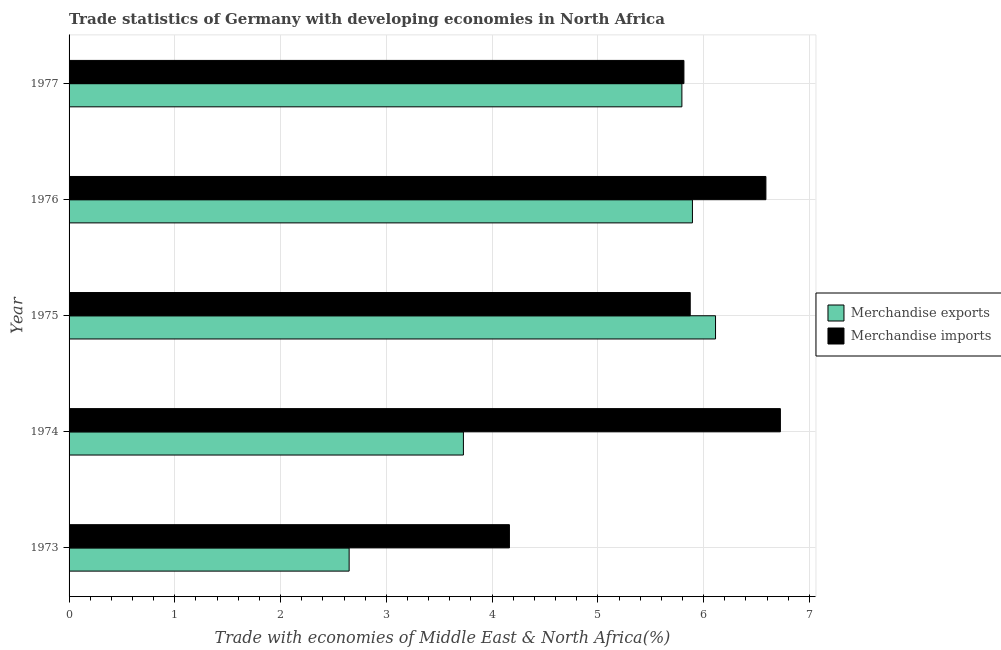
| Year | Merchandise exports | Merchandise imports |
 | --- | --- | --- |
 | 1973 | 2.65 | 4.16 |
 | 1974 | 3.73 | 6.73 |
 | 1975 | 6.11 | 5.87 |
 | 1976 | 5.89 | 6.59 |
 | 1977 | 5.79 | 5.81 |